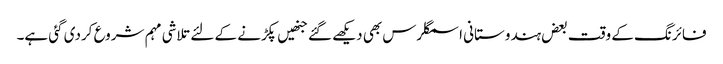
فائرنگ کے وقت بعض ہندوستانی اسمگلرس بھی دیکھے گئے جنھیں پکڑنے کے لئے تلاشی مہم شروع کردی گئی ہے۔